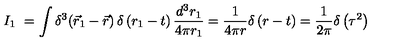
I _ { 1 } \ = \int \delta ^ { 3 } \! \left( { \vec { r } _ { 1 } - \vec { r } } \right) \delta \left( r _ { 1 } - t \right) \frac { d ^ { 3 } r _ { 1 } } { 4 \pi r _ { 1 } } = \frac { 1 } { 4 \pi r } \delta \left( r - t \right) = \frac { 1 } { 2 \pi } \delta \left( \tau ^ { 2 } \right)